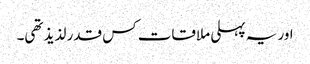
اور یہ پہلی ملاقات کس قدر لذیذ تھی۔